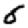
Digit: 6